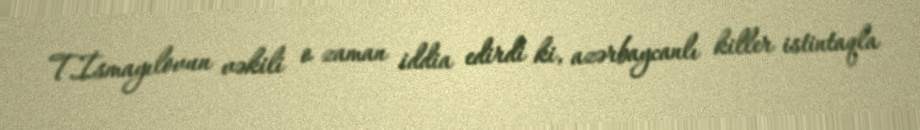
T.İsmayılovun vəkili o zaman iddia edirdi ki, azərbaycanlı killer istintaqla